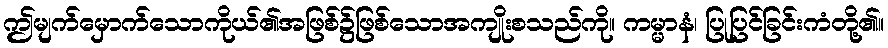
ဤမျက်မှောက်သောကိုယ်၏အဖြစ်၌ဖြစ်သောအကျိုးစသည်ကို။ ကမ္မာနံ၊ ပြုပြင်ခြင်းကံတို့၏။